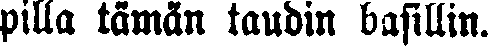
pilla tämän taudin basillin.